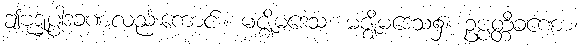
ဤဗုဒ္ဓုပ္ပါဒခဏလည်းကောင်း။ မဇ္ဈိမဒေသ၊ မဇ္ဈိမဒေသ၌။ ဥပ္ပတ္တိခဏော၊